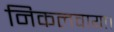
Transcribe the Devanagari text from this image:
निकलवाया।